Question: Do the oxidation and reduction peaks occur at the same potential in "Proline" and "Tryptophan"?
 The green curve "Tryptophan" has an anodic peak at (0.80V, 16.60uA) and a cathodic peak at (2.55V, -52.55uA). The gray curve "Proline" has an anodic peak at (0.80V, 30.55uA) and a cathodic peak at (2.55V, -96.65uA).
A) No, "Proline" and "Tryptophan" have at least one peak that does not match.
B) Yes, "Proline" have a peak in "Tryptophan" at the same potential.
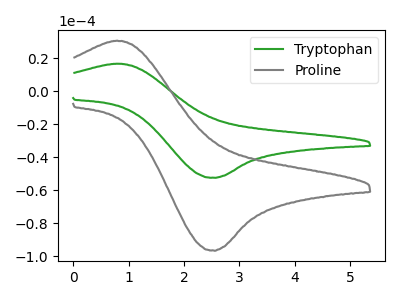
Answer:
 <answer>B) Yes, "Proline" have a peak in "Tryptophan" at the same potential.</answer>
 <eval>B</eval>